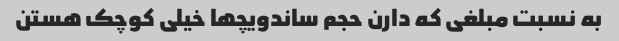
به نسبت مبلغی که دارن حجم ساندویچها خیلی کوچک هستن